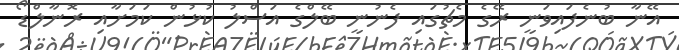
އޭނާ ބުނެފައިވަނީ ރޭގެ މެޗުގައި ފެނުނީ ބޭލްގެ އަސްލު ކުޅުން ކަމަށާއި ރޮނާލްޑޯ